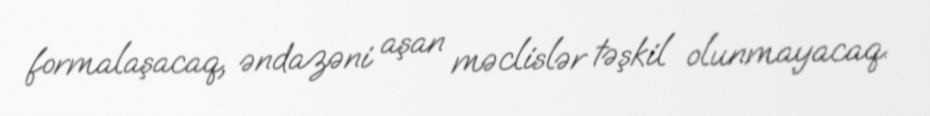
formalaşacaq, əndazəni aşan məclislər təşkil olunmayacaq.